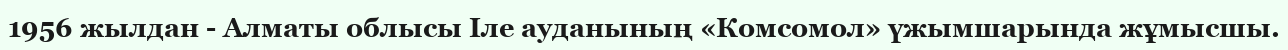
1956 жылдан - Алматы облысы Іле ауданының «Комсомол» үжымшарында жұмысшы.